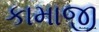
કામાજી